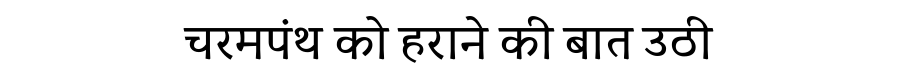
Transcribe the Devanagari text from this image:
चरमपंथ को हराने की बात उठी